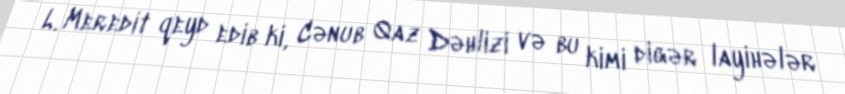
L. Meredit qeyd edib ki, Cənub Qaz Dəhlizi və bu kimi digər layihələr